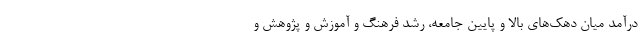
درآمد ميان دهک‌های بالا و پايين جامعه، رشد فرهنگ و آموزش و پژوهش و